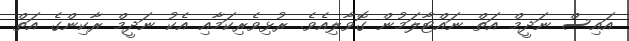
އައިސް ނަދީމް އަތް ނައްޓާލަމުން ގޮވާލިއެވެ. ރުޅިވެރިކަމާއި އެކު ނަދީމް ރާކިންގެ އަތް